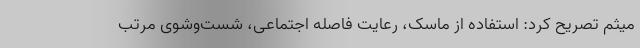
میثم تصریح کرد: استفاده از ماسک، رعایت فاصله اجتماعی، شست‌وشوی مرتب